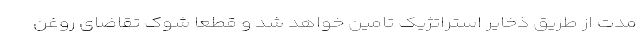
مدت از طریق ذخایر استراتژیک تامین خواهد شد و قطعا شوک تقاضای روغن